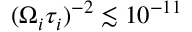
( \Omega _ { i } \tau _ { i } ) ^ { - 2 } \lesssim 1 0 ^ { - 1 1 }